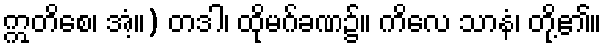
ဣတိစေ၊ အံ့။) တဒါ၊ ထိုမဂ်ခဏ၌။ ကိလေ သာနံ၊ တို့၏။